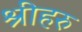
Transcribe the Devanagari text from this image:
श्रीहरु